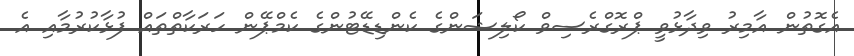
އެގޮތުން އާމިރު ވިދާޅުވީ ޕްރޮގްރެސިވް ކޯލިޝަންގެ ކެންޑިޑޭޓުންގެ ކެމްޕޭން ހަރަކާތްތައް ފުޅާކުރުމާއި އެ